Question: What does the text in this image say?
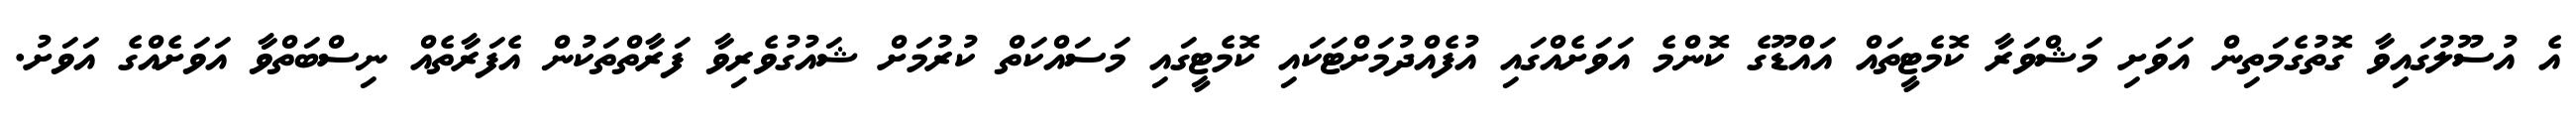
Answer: އެ އުސޫލުގައިވާ ގޮތުގެމަތިން އަވަށި މަޝްވަރާ ކޮމެޓީތައް އައްޑޫގެ ކޮންމެ އަވަށެއްގައި އުފެއްދުމަށްޓަކައި ކޮމެޓީގައި މަސައްކަތް ކުރުމަށް ޝައުގުވެރިވާ ފަރާތްތަކުން އެފަރާތެއް ނިސްބަތްވާ އަވަށެއްގެ އަވަށު.